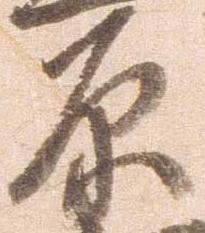
原